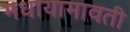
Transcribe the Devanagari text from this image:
मधायामावती